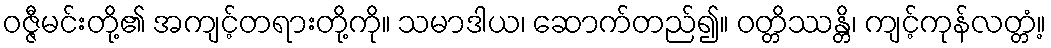
ဝဇ္ဇီမင်းတို့၏ အကျင့်တရားတို့ကို။ သမာဒါယ၊ ဆောက်တည်၍။ ဝတ္တိဿန္တိ၊ ကျင့်ကုန်လတ္တံ့။